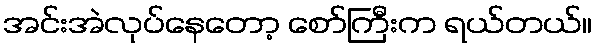
အင်းအဲလုပ်နေတော့ စော်ကြီးက ရယ်တယ်။